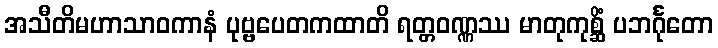
အသီတိမဟာသာဝကာနံ ပုဗ္ဗပေတကထာတိ ရတ္တဝဏ္ဏဿ မာတုကုစ္ဆိံ ပဘင်္ဂုတော